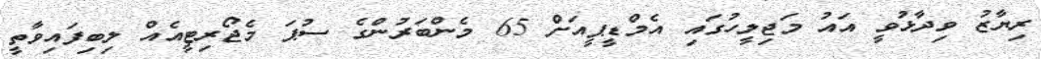
ރިޔާޒު ވިދާޅުވީ އައު މަޖިލީހުގައި އެމްޑީޕީއަށް 65 މެންބަރުންގެ ސުޕަ މެޖޯރިޓީއެއް ލިބިފައިވާތީ